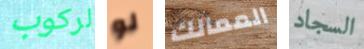
لركوب لو الممالك السجاد